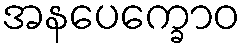
အနပေက္ခောဝ